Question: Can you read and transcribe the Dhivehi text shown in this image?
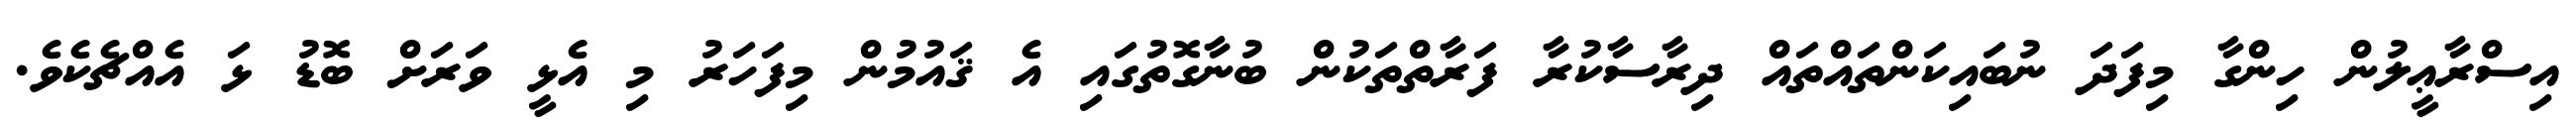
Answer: އިސްރާޢީލުން ހިންގާ މިފަދަ ނުބައިކަންތައްތައް ދިރާސާކުރާ ފަރާތްތަކުން ބުނާގޮތުގައި އެ ޤައުމުން މިފަހަރު މި އެޅީ ވަރަށް ބޮޑު ޅަ އެއްޗެކެވެ.